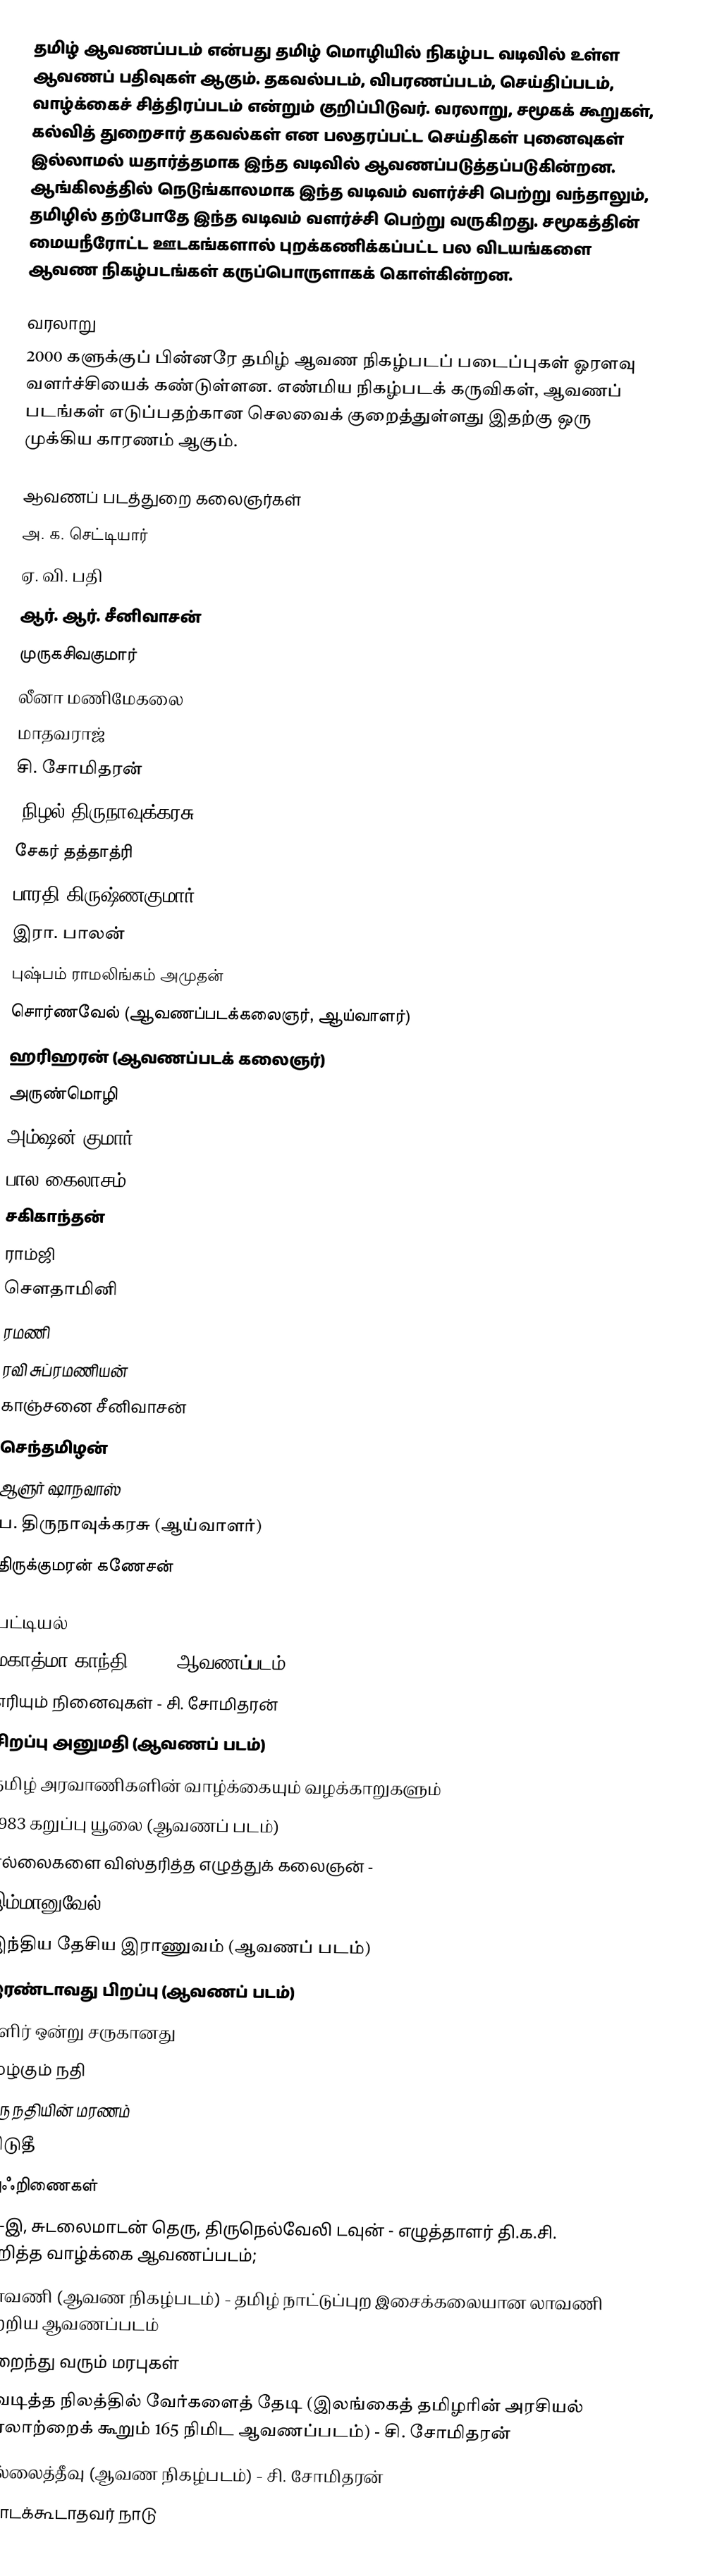
தமிழ் ஆவணப்படம் என்பது தமிழ் மொழியில் நிகழ்பட வடிவில் உள்ள ஆவணப் பதிவுகள் ஆகும்.  தகவல்படம், விபரணப்படம், செய்திப்படம், வாழ்க்கைச் சித்திரப்படம் என்றும் குறிப்பிடுவர்.  வரலாறு, சமூகக் கூறுகள், கல்வித் துறைசார் தகவல்கள் என பலதரப்பட்ட செய்திகள் புனைவுகள் இல்லாமல் யதார்த்தமாக இந்த வடிவில் ஆவணப்படுத்தப்படுகின்றன.  ஆங்கிலத்தில் நெடுங்காலமாக இந்த வடிவம் வளர்ச்சி பெற்று வந்தாலும், தமிழில் தற்போதே இந்த வடிவம் வளர்ச்சி பெற்று வருகிறது.  சமூகத்தின் மையநீரோட்ட ஊடகங்களால் புறக்கணிக்கப்பட்ட பல விடயங்களை ஆவண நிகழ்படங்கள் கருப்பொருளாகக் கொள்கின்றன.

வரலாறு
2000 களுக்குப் பின்னரே தமிழ் ஆவண நிகழ்படப் படைப்புகள் ஓரளவு வளர்ச்சியைக் கண்டுள்ளன.  எண்மிய நிகழ்படக் கருவிகள், ஆவணப் படங்கள் எடுப்பதற்கான செலவைக் குறைத்துள்ளது இதற்கு ஒரு முக்கிய காரணம் ஆகும்.

ஆவணப் படத்துறை கலைஞர்கள்
 அ. க. செட்டியார்
 ஏ. வி. பதி
 ஆர். ஆர். சீனிவாசன்
 முருகசிவகுமார்
 லீனா மணிமேகலை
 மாதவராஜ்
 சி. சோமிதரன்
 (நிழல்)திருநாவுக்கரசு
  சேகர் தத்தாத்ரி
 பாரதி கிருஷ்ணகுமார்
 இரா. பாலன்
  புஷ்பம் ராமலிங்கம் அமுதன்
 சொர்ணவேல் (ஆவணப்படக்கலைஞர், ஆய்வாளர்)
  ஹரிஹரன் (ஆவணப்படக் கலைஞர்)
 அருண்மொழி
 அம்ஷன் குமார்
 பால கைலாசம்
 சகிகாந்தன்
 ராம்ஜி
 செளதாமினி
 ரமணி
 ரவி சுப்ரமணியன்
 காஞ்சனை சீனிவாசன்
 செந்தமிழன்
 ஆளுர் ஷாநவாஸ்
 ப. திருநாவுக்கரசு (ஆய்வாளர்)
திருக்குமரன் கணேசன்

பட்டியல்
 மகாத்மா காந்தி (1940 ஆவணப்படம்)
 எரியும் நினைவுகள் - சி. சோமிதரன்
 சிறப்பு அனுமதி (ஆவணப் படம்)
 தமிழ் அரவாணிகளின் வாழ்க்கையும் வழக்காறுகளும்
 1983 கறுப்பு யூலை (ஆவணப் படம்)
 எல்லைகளை விஸ்தரித்த எழுத்துக் கலைஞன் -
 இம்மானுவேல்
 இந்திய தேசிய இராணுவம் (ஆவணப் படம்)
 இரண்டாவது பிறப்பு (ஆவணப் படம்)
 தளிர் ஒன்று சருகானது
 மூழ்கும் நதி
 ஒரு நதியின் மரணம்
 விடுதீ
 அஃறிணைகள்
 21-இ, சுடலைமாடன் தெரு, திருநெல்வேலி டவுன் - எழுத்தாளர் தி.க.சி. குறித்த வாழ்க்கை ஆவணப்படம்;
 லாவணி (ஆவண நிகழ்படம்) - தமிழ் நாட்டுப்புற இசைக்கலையான லாவணி பற்றிய ஆவணப்படம்
 மறைந்து வரும் மரபுகள்
 வெடித்த நிலத்தில் வேர்களைத் தேடி (இலங்கைத் தமிழரின் அரசியல் வரலாற்றைக் கூறும் 165 நிமிட ஆவணப்படம்)  - சி. சோமிதரன்
 முல்லைத்தீவு (ஆவண நிகழ்படம்) -  சி. சோமிதரன்
 தொடக்கூடாதவர் நாடு